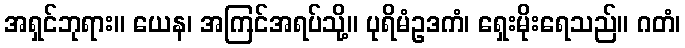
အရှင်ဘုရား။ ယေန၊ အကြင်အရပ်သို့။ ပုရိမံဥဒကံ၊ ရှေးမိုးရေသည်။ ဂတံ၊